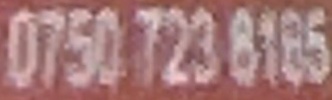
0750 723 8185